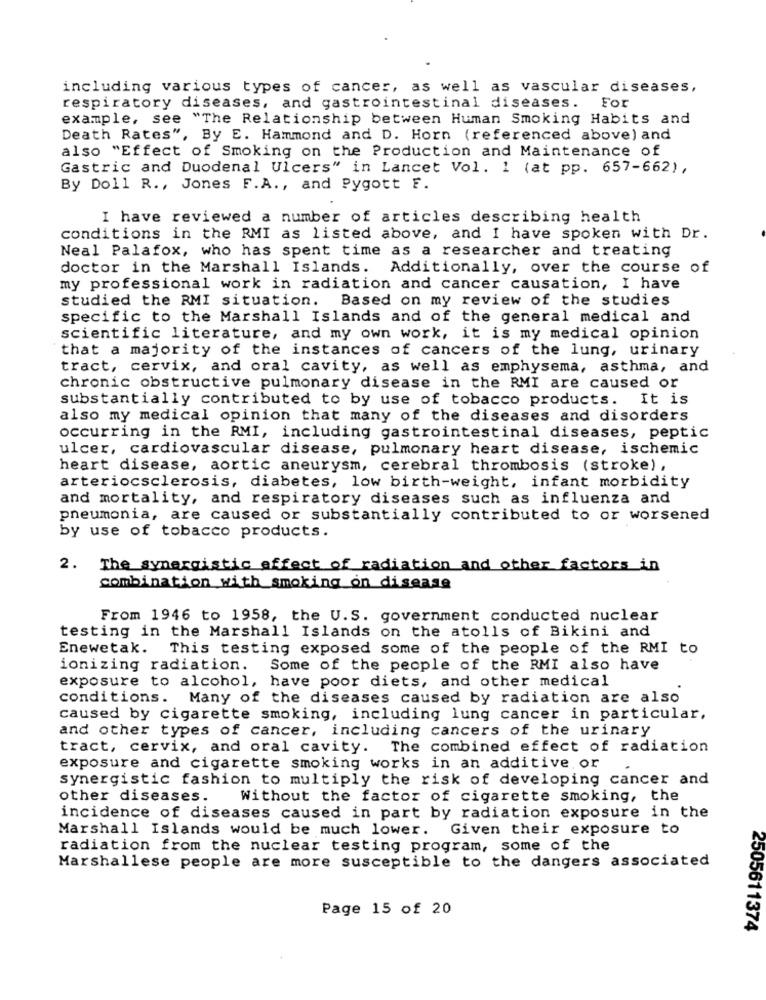
including various types of cancer, as well as vascular diseases,
respiratory diseases, and gastrointestinal diseases.
For
example, see "The Relationship between Human Smoking Habits and
Death Rates", By E. Hammond and D. Horn (referenced above) and
also "Effect of Smoking on the Production and Maintenance of
Gastric and Duodenal Ulcers" in Lancet Vol. 1 (at pp. 657-662),
By Doll R ., Jones F.A ., and Pygott F.
I have reviewed a number of articles describing health
conditions in the RMI as listed above, and I have spoken with Dr.
Neal Palafox, who has spent time as a researcher and treating
doctor in the Marshall Islands. Additionally, over the course of
my professional work in radiation and cancer causation, I have
studied the RMI situation. Based on my review of the studies
specific to the Marshall Islands and of the general medical and
scientific literature, and my own work, it is my medical opinion
that a majority of the instances of cancers of the lung, urinary
tract, cervix, and oral cavity, as well as emphysema, asthma, and
chronic obstructive pulmonary disease in the RMI are caused or
substantially contributed to by use of tobacco products. It is
also my medical opinion that many of the diseases and disorders
occurring in the RMI, including gastrointestinal diseases, peptic
ulcer, cardiovascular disease, pulmonary heart disease, ischemic
heart disease, aortic aneurysm, cerebral thrombosis (stroke),
arteriocsclerosis, diabetes, low birth-weight, infant morbidity
and mortality, and respiratory diseases such as influenza and
pneumonia, are caused or substantially contributed to or worsened
by use of tobacco products.
2. The synergistic effect of radiation and other factors in
combination with smoking on disease
From 1946 to 1958, the U.S. government conducted nuclear
testing in the Marshall Islands on the atolls of Bikini and
Enewetak.
This testing exposed some of the people of the RMI to
ionizing radiation.
Some of the people of the RMI also have
exposure to alcohol, have poor diets, and other medical
conditions. Many of the diseases caused by radiation are also
caused by cigarette smoking, including lung cancer in particular,
and other types of cancer, including cancers of the urinary
tract, cervix, and oral cavity. The combined effect of radiation
exposure and cigarette smoking works in an additive or
synergistic fashion to multiply the risk of developing cancer and
other diseases.
Without the factor of cigarette smoking, the
incidence of diseases caused in part by radiation exposure in the
Marshall Islands would be much lower. Given their exposure to
radiation from the nuclear testing program, some of the
Marshallese people are more susceptible to the dangers associated
Page 15 of 20
2505611374